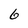
Character: 6